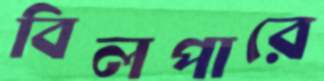
বিলপারে